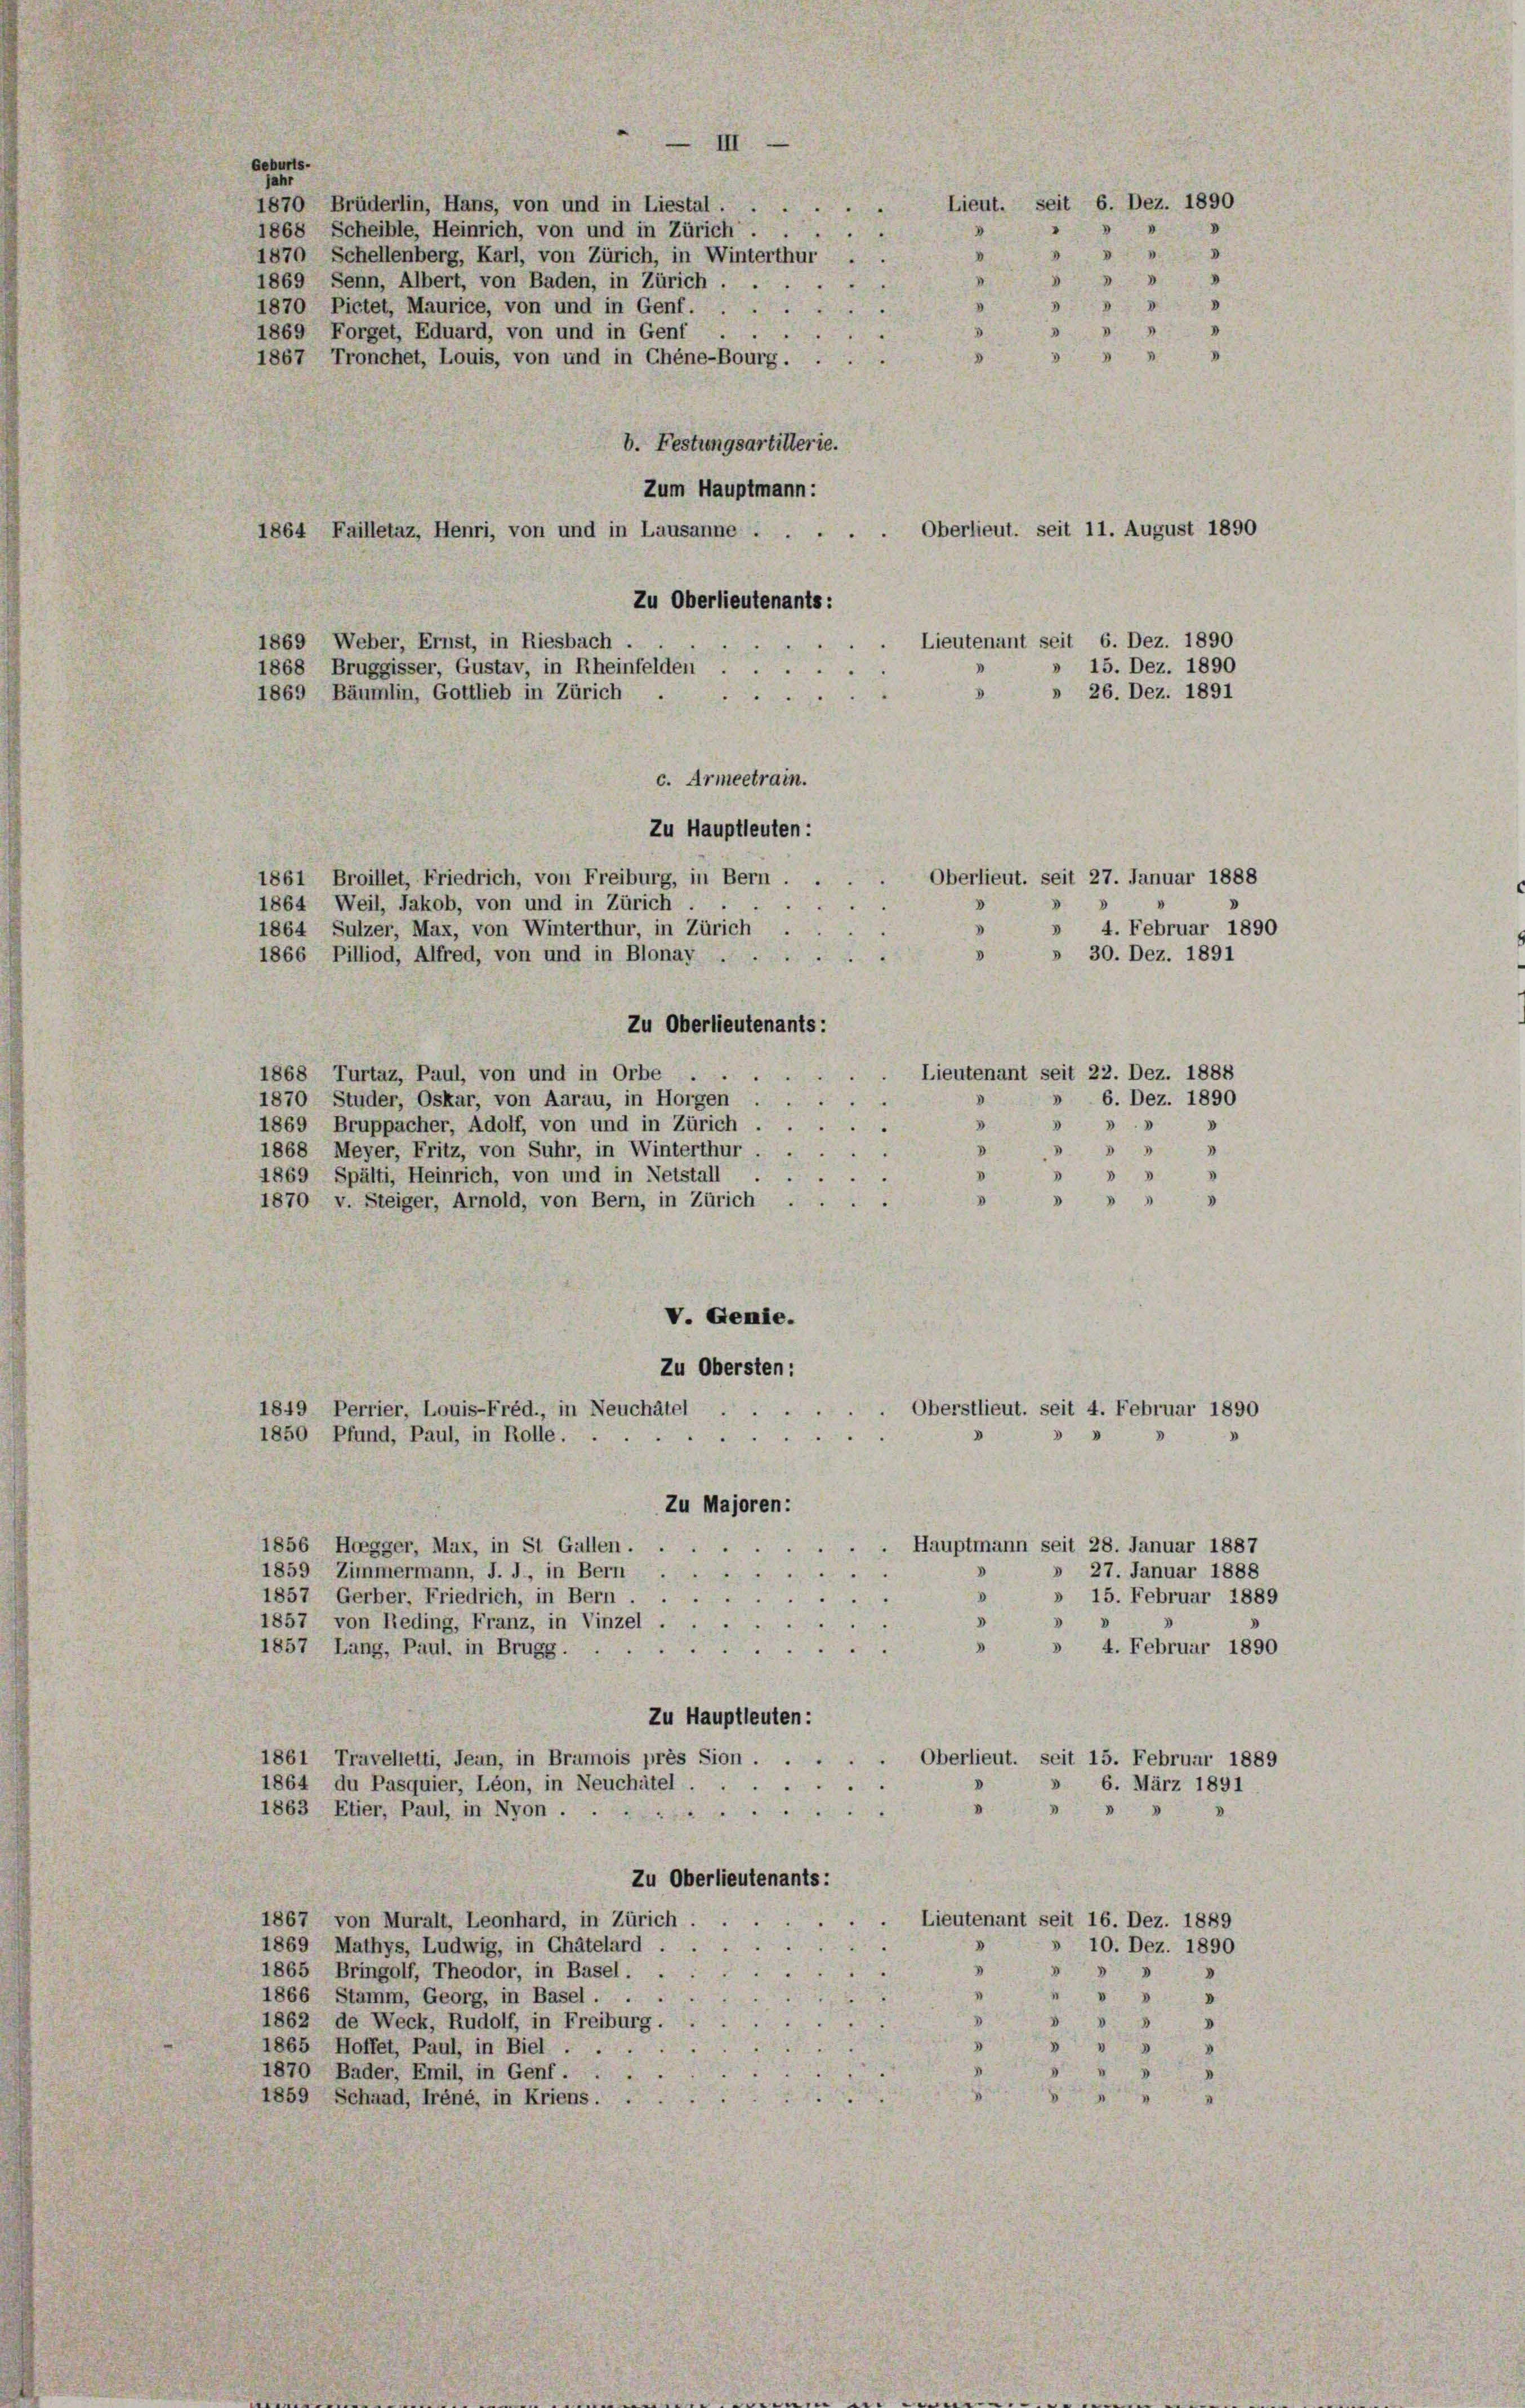
Geburts-
Jahr
1870 Brüderlin, Hans, von und in Liestal.
1868 Scheible, Heinrich, von und in Zürich.
1870 Schellenberg, Karl, von Zürich, in Winterthur
4
1869 Senn, Albert, von Baden, in Zürich . .
8

1870 Pictet, Maurice, von und in Genf. ...
.
1869 Forget, Eduard, von und in Genf
.
 8
1867 Tronchet, Louis, von und in Chéne-Bourg.
.
b. Festungsartillerie.
Zum Hauptmann:
1864 Failletaz, Henri, von und in Lausanne . . . . . Oberlieut. seit 11. August 1890
Zu Oberlieutenants:
Lieutenant seit 6. Dez. 1890
1869 Weber, Ernst, in Riesbach.
» 15. Dez. 1890
1868 Bruggisser, Gustav, in Rheinfelden.
2
D.
» 26. Dez. 1891
1869 Bäumlin, Gottlieb in Zürich
570
c. Armeetrain.
Zu Hauptleuten:
1861 Broillet, Friedrich, von Freiburg, in Bern.
Oberlieut. seit 27. Januar 1888
V
1864 Weil, Jakob, von und in Zürich.
3
» 4. Februar 1890
1864 Sulzer, Max, von Winterthur, in Zürich
V
» 30. Dez. 1891
1866 Pilliod, Alfred, von und in Blonay . .
Zu Oberlieutenants:
Lieutenant seit 22. Dez. 1888
1868 Turtaz, Paul, von und in Orbe . .
V
» 6. Dez. 1890
1870 Studer, Oskar, von Aarau, in Horgen . . .
3
1869 Bruppacher, Adolf, von und in Zürich
.
4
1868 Meyer, Fritz, von Suhr, in Winterthur ...
1869 Spälti, Heinrich, von und in Netstall
8
8 " "
1870 v. Steiger, Arnold, von Bern, in Zürich.
V. Genie.
Zu Obersten:
1849 Perrier, Louis-Fréd., in Neuchâtel
. Oberstlieut. seit 4. Februar 1890
1850 Pfund, Paul, in Rolle.
e
Zu Majoren:
. Hauptmann seit 28. Januar 1887
1856 Hogger, Max, in St Gallen . .
 27. Januar 1888
1859 Zimmermann, J. J., in Bern

I
1857, Gerber, Friedrich, in Bern.
» 15. Februar 1889

e
d
1857 von Reding, Franz, in Vinzel
3

» 4. Februar 1890
1857 Lang, Paul, in Brugg. ..
Zu Hauptleuten:
Oberlieut. seit 15. Februar 1889
1861 Travelletti, dean, in Bramois près Sion.
F.
1864 du Pasquier, Léon, in Neuchâtel . .
6. März 1891.
2
1863 Etier, Paul, in Nyon
Zu Oberlieutenants:
1867 von Muralt, Leonhard, in Zürich.
Lieutenant seit 16. Dez. 1889
1869 Mathys, Ludwig, in Chätelard,
3
10. Dez. 1890
4
8
1865 Bringolf, Theodor, in Basel . .
3
"
1866 Stamm, Georg, in Basel . .
" " " "
1862 de Weck, Rudolf, in Freiburg.
 3
1865 Hoffet, Paul, in Biel .
3
1870 Bader, Emil, in Genf ...
1859 Schaad, Tréné, in Kriens.

Lieut. seit 6. Dez. 1890